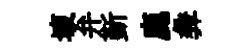
壞弁斳鹿彜